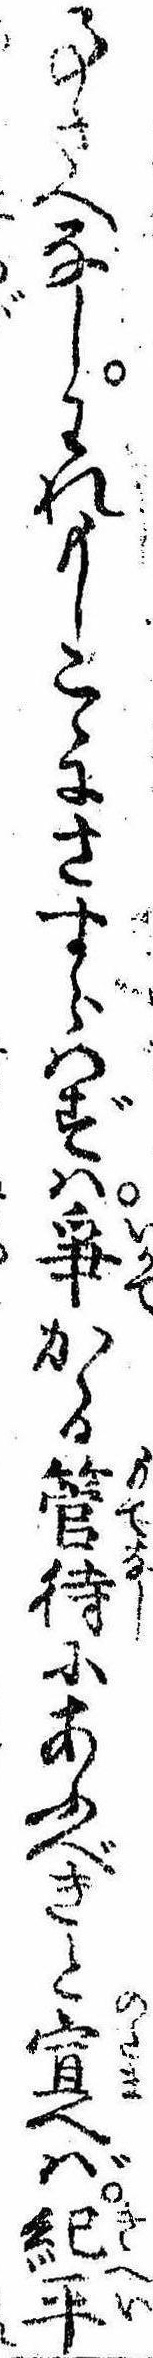
事さへなしわれもしこゝにさすらはずは争かゝる管待にあふべきと宣へば紀平